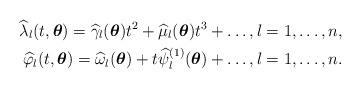
LaTeX: \begin{align*}\widehat{\lambda}_l (t, \boldsymbol{\theta}) = \widehat{\gamma}_l (\boldsymbol{\theta}) t^2 + \widehat{\mu}_l (\boldsymbol{\theta}) t^3 + \ldots, l = 1, \ldots, n, \\\widehat{\varphi}_l (t, \boldsymbol{\theta}) = \widehat{\omega}_l (\boldsymbol{\theta}) + t \widehat{\psi}^{(1)}_l (\boldsymbol{\theta}) + \ldots, l = 1, \ldots, n.\end{align*}